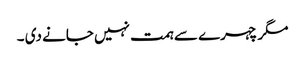
مگر چہرے سے ہمت نہیں جانے دی ۔